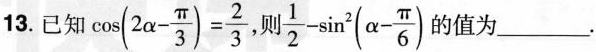
13.已知 $$cos ( 2 \alpha - \frac { \pi } { 3 } ) = \frac { 2 } { 3 }$$，则$$\frac { 1 }